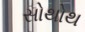
સોથોથ